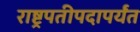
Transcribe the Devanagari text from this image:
राष्ट्रपतीपदापर्यंत